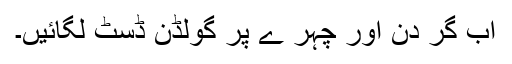
اب گر دن اور چہر ے پر گولڈن ڈسٹ لگائیں۔